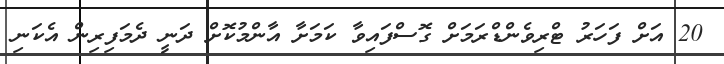
20 އަށް ފަހަރު ޓްރިވެންޑްރަމަށް ގޮސްފައިވާ ކަމަށާ އާންމުކޮށް ދަނީ ދެމަފިރިން އެކަނި